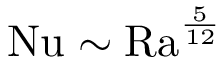
\mathrm { { N u } } \sim \mathrm { { R a } } ^ { \frac { 5 } { 1 2 } }